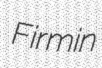
Firmin